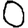
Digit: 0